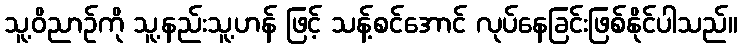
သူ့ဝိညာဉ်ကို သူ့နည်းသူ့ဟန် ဖြင့် သန့်စင်အောင် လုပ်နေခြင်းဖြစ်နိုင်ပါသည်။